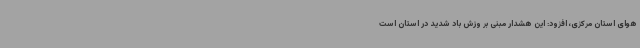
هوای استان مرکزی، افزود: این هشدار مبنی بر وزش باد شدید در استان است